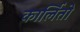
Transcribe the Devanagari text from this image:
कार्लितो